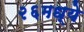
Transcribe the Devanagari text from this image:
२६मध्ये